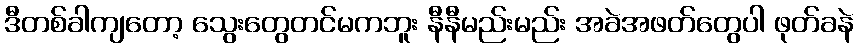
ဒီတစ်ခါကျတော့ သွေးတွေတင်မကဘူး နီနီမည်းမည်း အခဲအဖတ်တွေပါ ဖုတ်ခနဲ